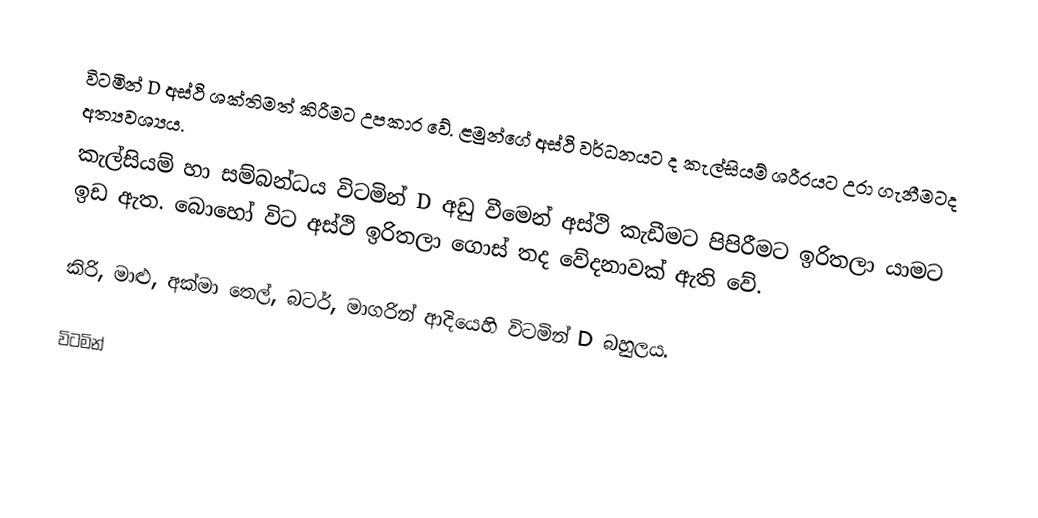
විටමින් D අස්ථි ශක්තිමත් කිරීමට උපකාර වේ. ළමුන්ගේ අස්‌ථි වර්ධනයට ද කැල්සියම් ශරීරයට උරා ගැනීමටද අත්‍යවශ්‍යය.
කැල්සියම් හා සම්බන්ධය විටමින් D අඩු වීමෙන් අස්ථි කැඩීමට පිපිරීමට ඉරිතලා යාමට ඉඩ ඇත. බොහෝ විට අස්ථි ඉරිතලා ගොස් තද වේදනාවක් ඇති වේ.

කිරි, මාළු, අක්‌මා තෙල්, බටර්, මාගරින් ආදියෙහි විටමින් D බහුලය.

විටමින්